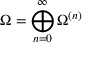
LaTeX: \Omega = \bigoplus _ { n = 0 } ^ { \infty } \Omega ^ { ( n ) }